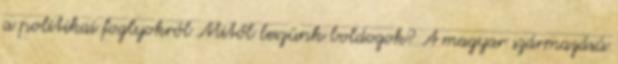
a politikai foglyokról Mitől leszünk boldogok? A magyar származású